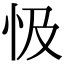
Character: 忣